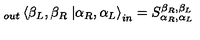
_ { o u t } \left\langle \beta _ { L } , \beta _ { R } \right. \left| \alpha _ { R } , \alpha _ { L } \right\rangle _ { i n } = S _ { \alpha _ { R } , \alpha _ { L } } ^ { \beta _ { R } , \beta _ { L } }